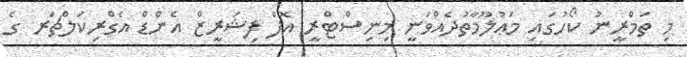
މި ތަމްރީނު ކޯހުގައި މަޢުލޫމާތުދެއްވަނީ މިނިސްޓްރީ އޮފް ފިޝަރީޒް އެންޑް އެގްރިކަލްޗަރ ގެ